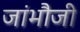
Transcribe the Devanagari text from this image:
जांभौजी